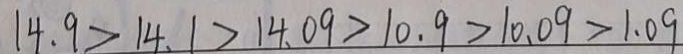
1 4 . 9 > 1 4 . 1 > 1 4 . 0 9 > 1 0 . 9 > 1 0 . 0 9 > 1 . 0 9